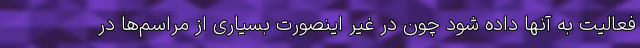
فعالیت به آنها داده شود چون در غیر اینصورت بسیاری از مراسم‌ها در